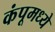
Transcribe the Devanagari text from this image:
कंपूमध्ये